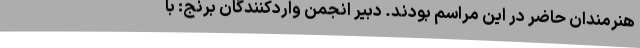
هنرمندان حاضر در این مراسم بودند. دبیر انجمن واردکنندگان برنج: با